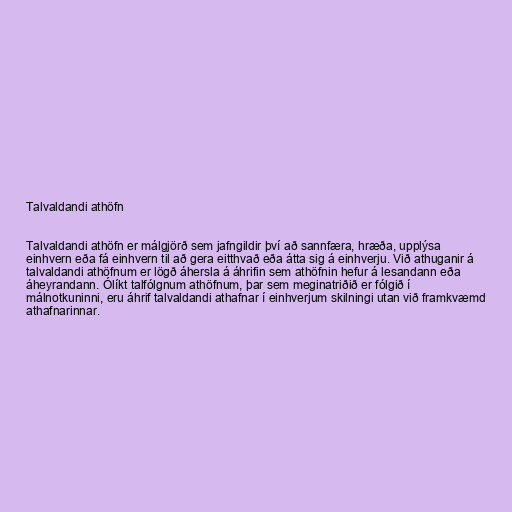
Talvaldandi athöfn

Talvaldandi athöfn er málgjörð sem jafngildir því að sannfæra, hræða, upplýsa
einhvern eða fá einhvern til að gera eitthvað eða átta sig á einhverju. Við athuganir á
talvaldandi athöfnum er lögð áhersla á áhrifin sem athöfnin hefur á lesandann eða
áheyrandann. Ólíkt talfólgnum athöfnum, þar sem meginatriðið er fólgið í
málnotkuninni, eru áhrif talvaldandi athafnar í einhverjum skilningi utan við framkvæmd
athafnarinnar.